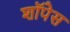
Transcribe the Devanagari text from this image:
शॉपेस